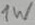
Text: 1W